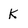
Character: K